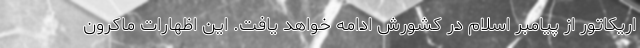
اریکاتور از پیامبر اسلام در کشورش ادامه خواهد یافت. این اظهارات ماکرون